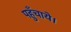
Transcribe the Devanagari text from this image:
पहुँचाये।